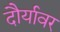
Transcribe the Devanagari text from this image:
दौर्यावर